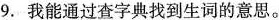
9.我能通过查字典找到生词的意思。